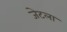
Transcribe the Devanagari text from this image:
जेटला